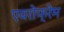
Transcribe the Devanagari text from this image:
एयरोफ्रेम